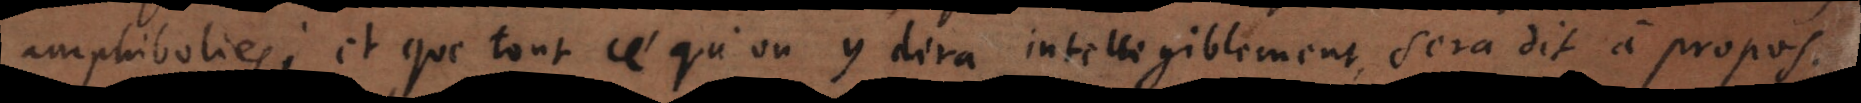
amphibolies; et que tout ce qu’on y dira intelligiblement, sera dit à